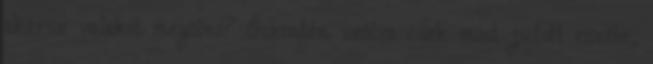
akarsz valakit megölni? Őszintén szólva csak most jutott eszébe,